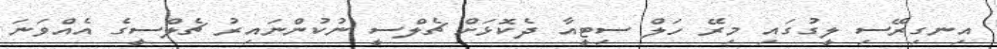
އިނގިރޭސި ލީގުގައި މިރޭ ހަލް ސިޓީއާ ދެކޮޅަށް ޗެލްސީ ނުކުންނައިރު ޗެލްސީގެ އެއްވަނަ